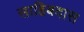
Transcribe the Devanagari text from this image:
साहिबदास